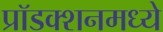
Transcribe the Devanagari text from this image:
प्रॉडक्शनमध्ये